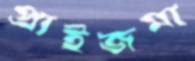
প্রাইজমা